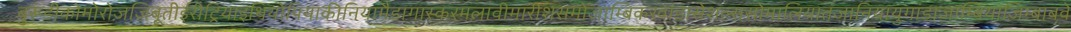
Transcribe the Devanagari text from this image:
बुरूंडीकोमोरोज़जिबूतीईरीट्रियाइथियोपियाकीनियामैडागास्करमलावीमारीशसमोजाम्बिकरवांडासेशल्ससोमालियातंजानियायुगांडाजाम्बियाज़िम्बाबवे